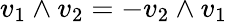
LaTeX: v_{1}\wedge v_{2}=-v_{2}\wedge v_{1}